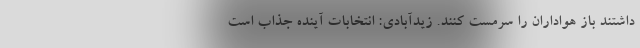
داشتند باز هواداران را سرمست کنند. زیدآبادی: انتخابات آینده جذاب است